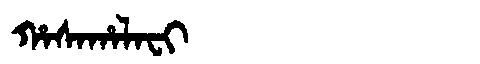
Manchu: ᡥᠠᠰᠠᡥᠠᠯᠠᠸᡳ
Romanization: HASAHALAFI